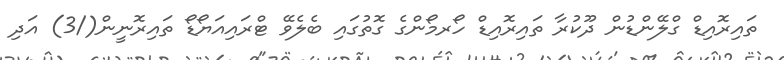
ތައިރޮއިޑް ގްލޭންޑުން ދޫކުރާ ތައިރޮއިޑް ހޯރމޯންގެ ގޮތުގައި ބެލެވޭ ޓްރައިއަޔޯޑޯ ތައިރޮނީން(/3) އަދި